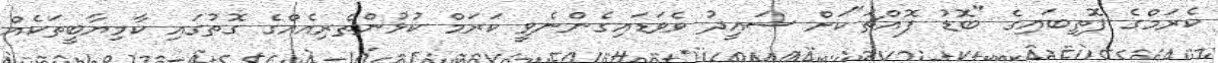
ކެރަމްގެ ފޮތިބައިގެ "ބޮޑު ފޮއްޗަ"ކަށް ސައީދު ވެވަޑައިގެންނެވީ ކަރަމް ކުޅުންތެރިއެއްގެ ގޮތުގައި ކާމިޔާބީތަކެއް